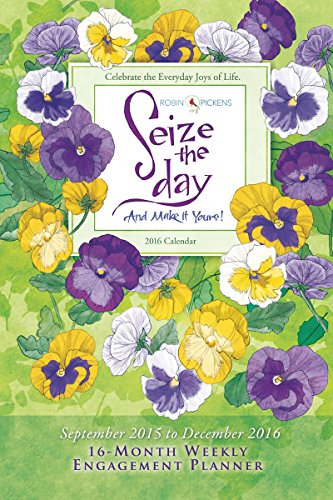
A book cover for Seize the Day 2016 Engagement Calendar; Robin Pickens; Calendars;